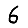
Digit: 6